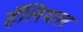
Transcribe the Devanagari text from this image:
हॅलियल